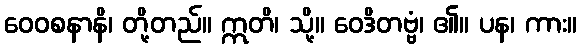
ဝေဝစနာနိ၊ တို့တည်။ ဣတိ၊ သို့။ ဝေဒိတဗ္ဗံ၊ ၏။ ပန၊ ကား။